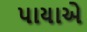
પાયાએ